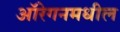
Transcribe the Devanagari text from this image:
ऑरेगनमधील